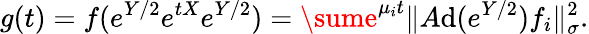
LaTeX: \displaystyle{g(t)=f(e^{Y/2}e^{tX}e^{Y/2})=\sume^{\mu_{i}t}\| A\mathrm{d}(e^{Y/2})f_{i}\| _{\sigma}^{2}.}